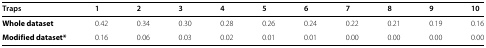
<table><thead><tr><td><b>Traps</b></td><td><b>1</b></td><td><b>2</b></td><td><b>3</b></td><td><b>4</b></td><td><b>5</b></td><td><b>6</b></td><td><b>7</b></td><td><b>8</b></td><td><b>9</b></td><td><b>10</b></td></tr></thead><tbody><tr><td><b>Whole dataset</b></td><td>0.42</td><td>0.34</td><td>0.30</td><td>0.28</td><td>0.26</td><td>0.24</td><td>0.22</td><td>0.21</td><td>0.19</td><td>0.16</td></tr><tr><td><b>Modified dataset*</b></td><td>0.16</td><td>0.06</td><td>0.03</td><td>0.02</td><td>0.01</td><td>0.01</td><td>0.00</td><td>0.00</td><td>0.00</td><td>0.00</td></tr></tbody></table>